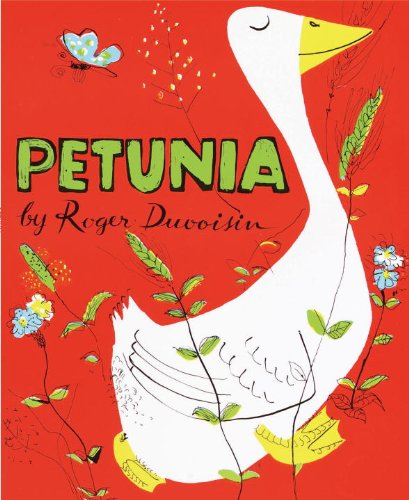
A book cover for Petunia; Roger Duvoisin; Children's Books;